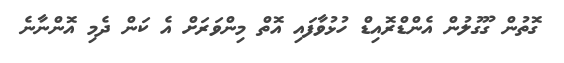
ގޮތުން ގޫގުލުން އެންޑްރޮއިޑް ހުޅުވާފައި އޮތް މިންވަރަށް އެ ކަން ދެމި އޮންނާނެ